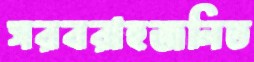
সরবরাহজনিত